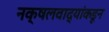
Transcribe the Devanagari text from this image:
नक्षलवाद्यांकडून